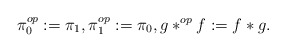
\begin{align*}\pi_0^{op}:=\pi_1, \pi_1^{op}:=\pi_0, g \ast^{op} f:= f \ast g.\end{align*}